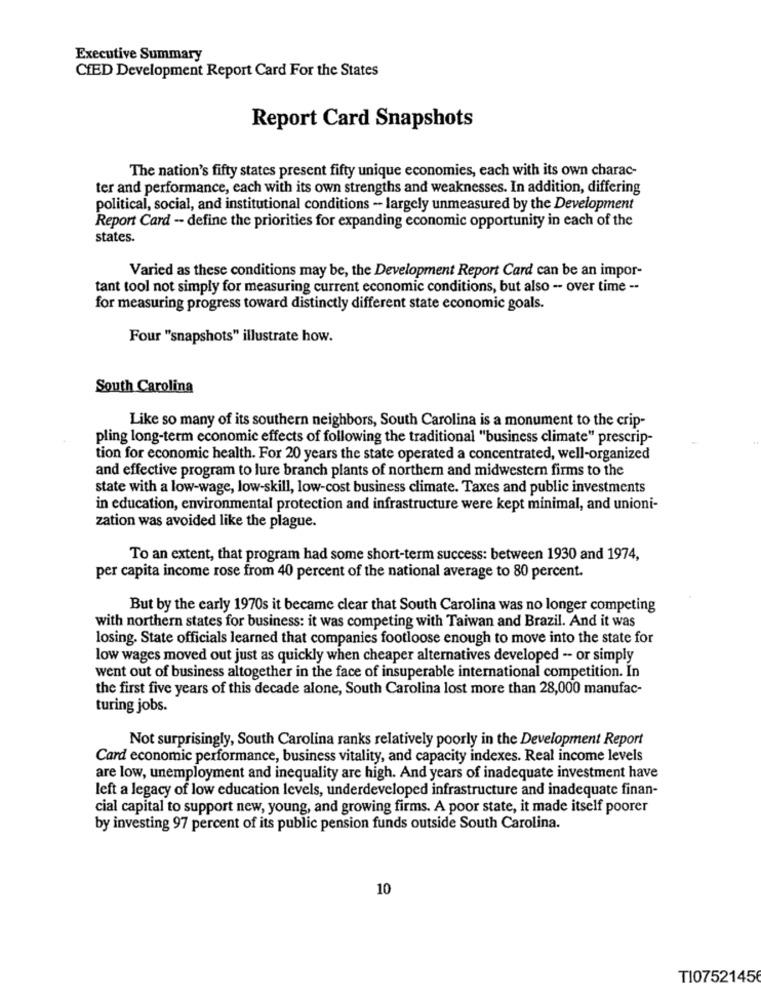
Executive Summary
CHED Development Report Card For the States
Report Card Snapshots
The nation's fifty states present fifty unique economies, each with its own charac-
ter and performance, each with its own strengths and weaknesses. In addition, differing
political, social, and institutional conditions - largely unmeasured by the Development
Report Card - define the priorities for expanding economic opportunity in each of the
states.
Varied as these conditions may be, the Development Report Card can be an impor-
tant tool not simply for measuring current economic conditions, but also - over time --
for measuring progress toward distinctly different state economic goals.
Four "snapshots" illustrate how.
South Carolina
Like so many of its southern neighbors, South Carolina is a monument to the crip-
pling long-term economic effects of following the traditional "business climate" prescrip-
tion for economic health. For 20 years the state operated a concentrated, well-organized
and effective program to lure branch plants of northern and midwestern firms to the
state with a low-wage, low-skill, low-cost business climate. Taxes and public investments
in education, environmental protection and infrastructure were kept minimal, and unioni-
zation was avoided like the plague.
To an extent, that program had some short-term success: between 1930 and 1974,
per capita income rose from 40 percent of the national average to 80 percent.
But by the carly 1970s it became clear that South Carolina was no longer competing
with northern states for business: it was competing with Taiwan and Brazil. And it was
losing. State officials learned that companies footloose enough to move into the state for
low wages moved out just as quickly when cheaper alternatives developed -- or simply
went out of business altogether in the face of insuperable international competition. In
the first five years of this decade alone, South Carolina lost more than 28,000 manufac-
turing jobs.
Not surprisingly, South Carolina ranks relatively poorly in the Development Report
Card economic performance, business vitality, and capacity indexes. Real income levels
are low, unemployment and inequality are high. And years of inadequate investment have
left a legacy of low education levels, underdeveloped infrastructure and inadequate finan-
cial capital to support new, young, and growing firms. A poor state, it made itself poorer
by investing 97 percent of its public pension funds outside South Carolina.
10
T107521456